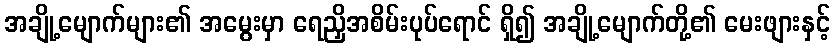
အချို့မျောက်များ၏ အမွေးမှာ ရေညှိအစိမ်းပုပ်ရောင် ရှိ၍ အချို့မျောက်တို့၏ မေးဖျားနှင့်